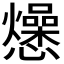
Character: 𭟡